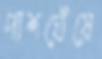
পাশঘেঁষে